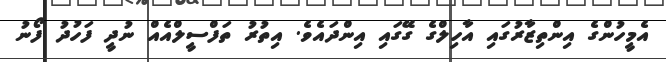
އެމީހުންގެ އިންތިޒާރުގައި އާހިލްގެ ގޭގައި އިންދައެވެ. އިތުރު ތަފްސީލްއެއް ނުދީ ފަހުދު ފޯނު